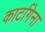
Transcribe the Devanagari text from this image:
कार्टागेना